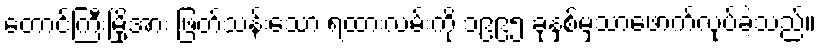
တောင်ကြီးမြို့အား ဖြတ်သန်းသော ရထားလမ်းကို ၁၉၉၅ ခုနှစ်မှသာဖောက်လုပ်ခဲ့သည်။